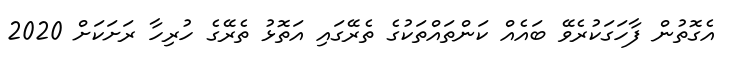
އެގޮތުން ފާހަގަކުރެވޭ ބައެއް ކަންތައްތަކުގެ ތެރޭގައި އަތޮޅު ތެރޭގެ ހުރިހާ ރަށަކަށް 2020